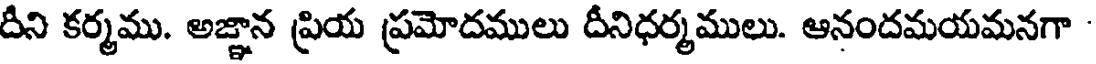
దీని కర్మము. అజ్ఞాన ప్రియ ప్రమోదములు దీనిధర్మములు. ఆనందమయమనగా